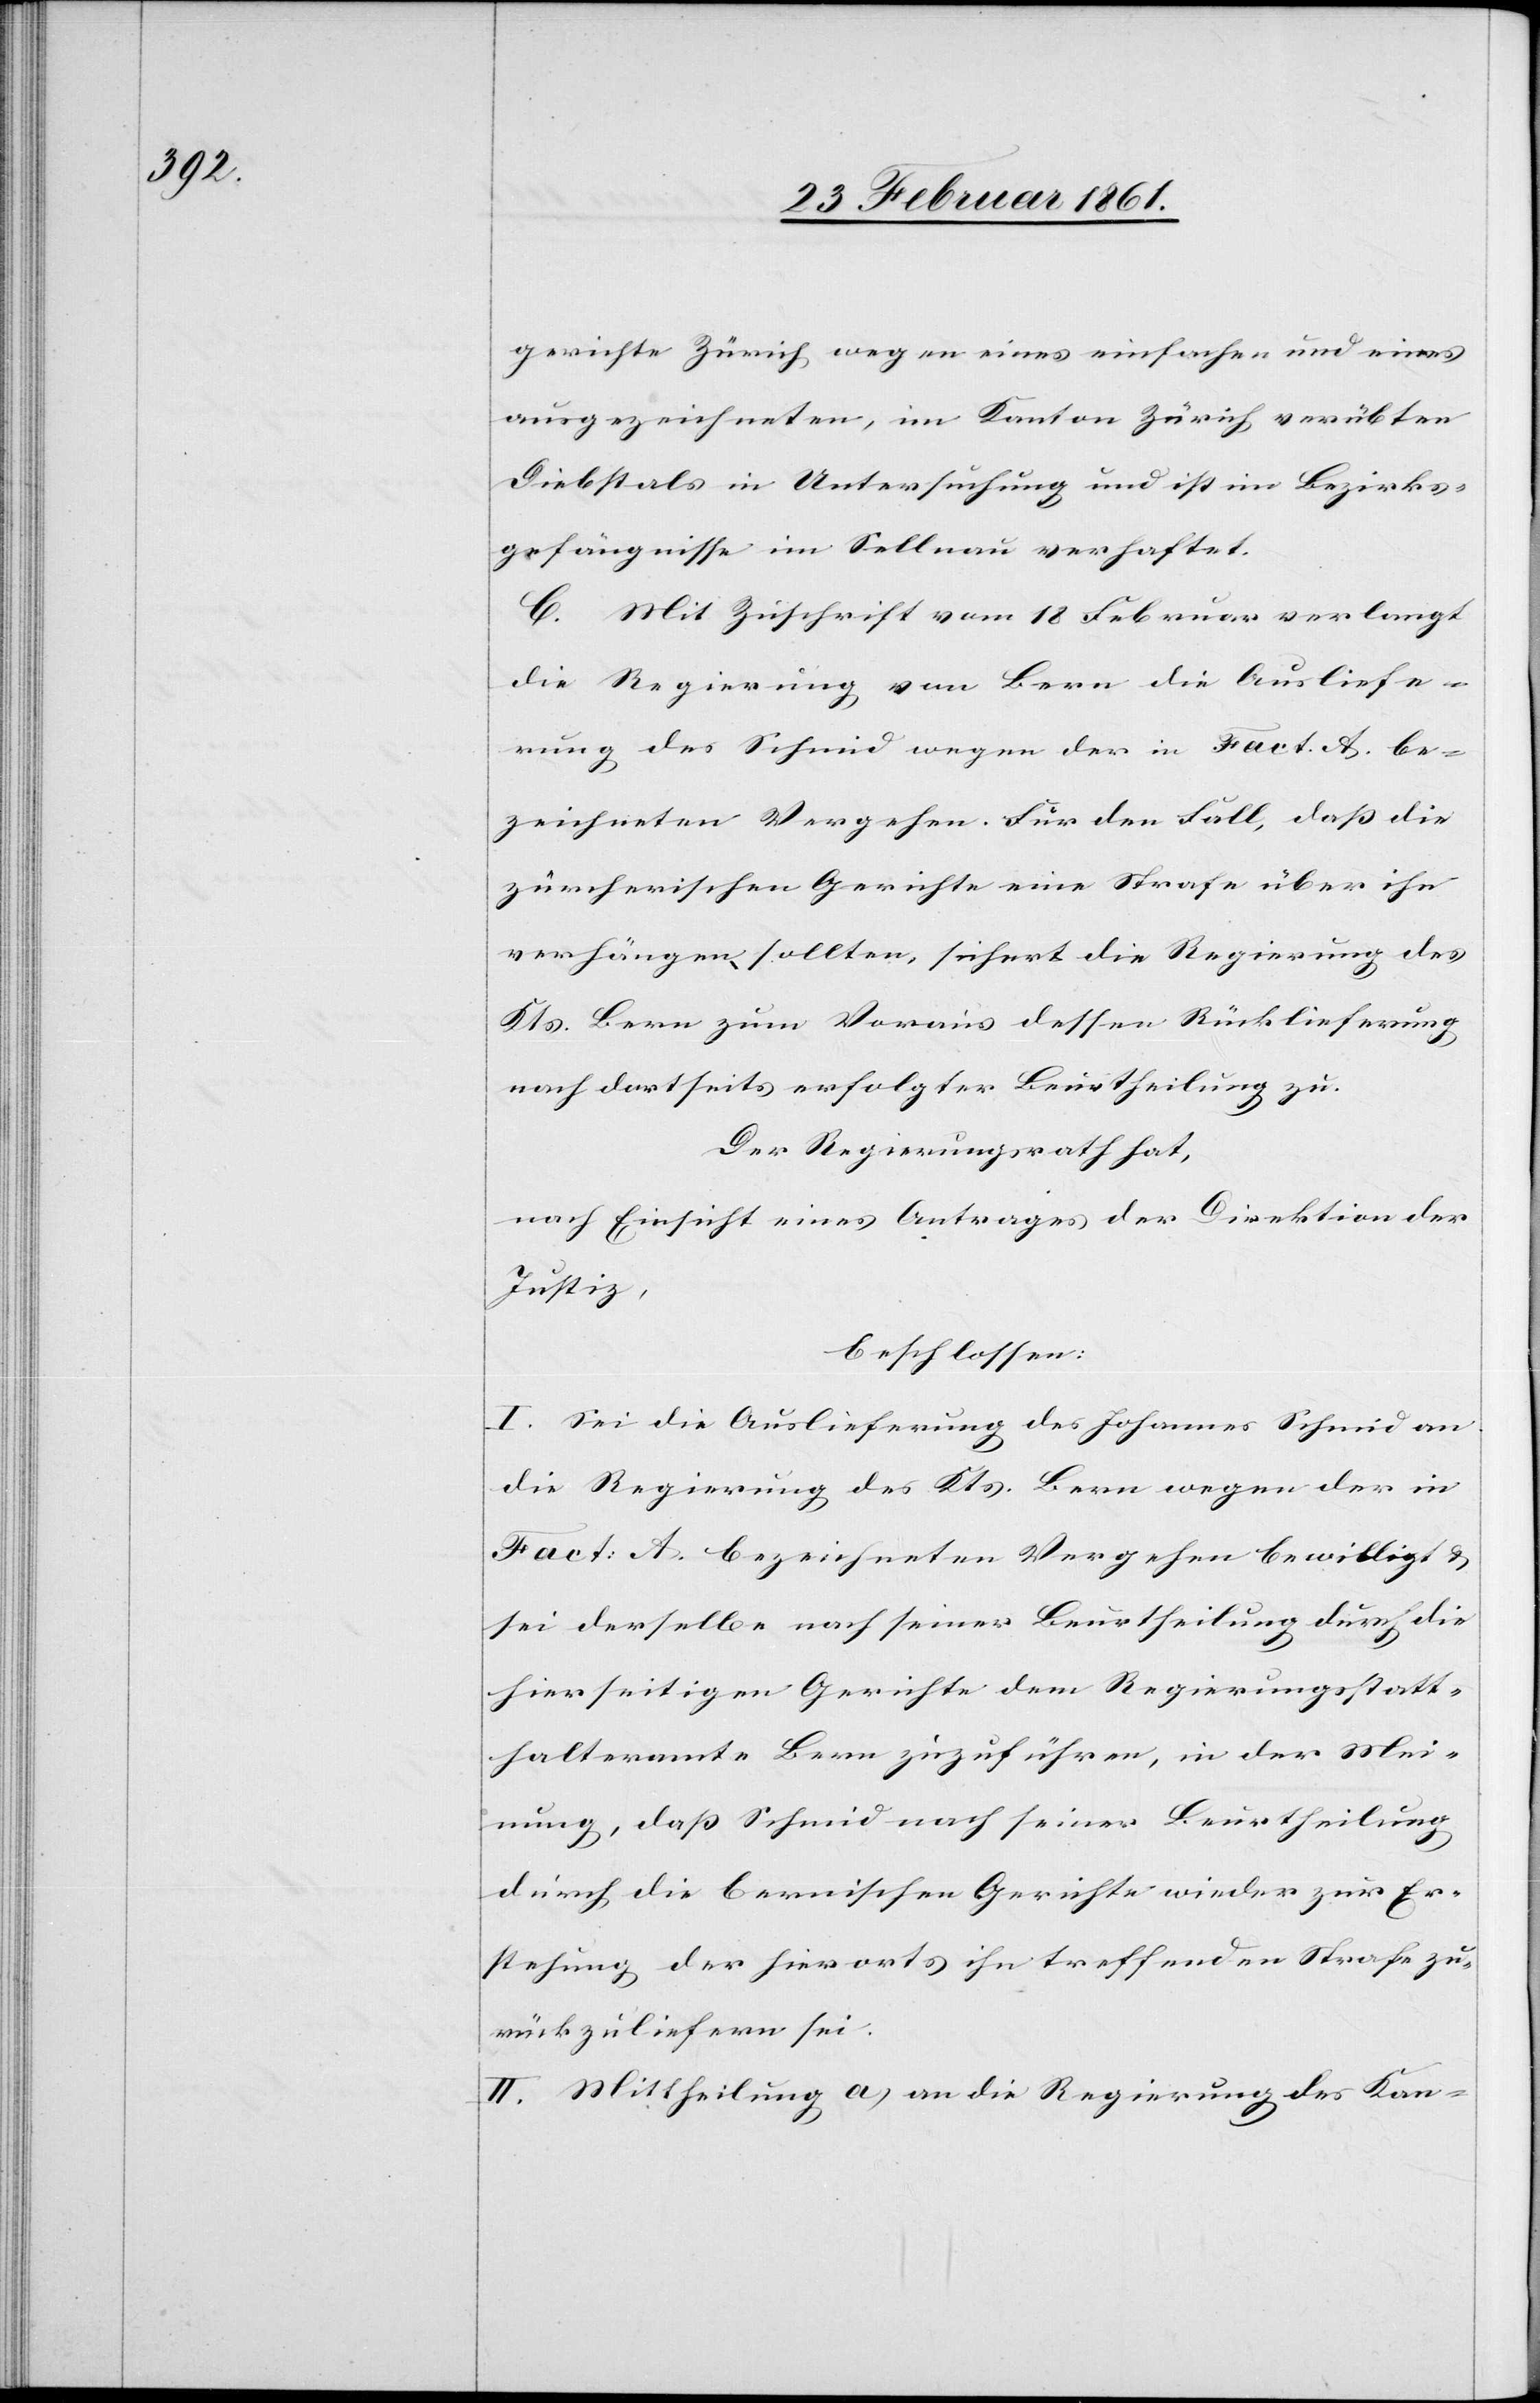
gerichte Zürich wegen eines einfachen und eines
ausgezeichneten, im Kanton Zürich verübten
Diebstals in Untersuchung und ist im Bezirks¬
gefängnisse im Sellnau verhaftet.
C. Mit Zuschrift vom 18. Februar verlangt
die Regierung von Bern die Ausliefe¬
rung des Schmid wegen der in Fact. A. be¬
zeichneten Vergehen. Für den Fall, dass die
zürcherischen Gerichte eine Strafe über ihn
verhängen sollten, sichert die Regierung des
Kts. Bern zum Voraus dessen Rücklieferung
nach dortseits erfolgter Beurtheilung zu.
Der Regierungsrath hat,
nach Einsicht eines Antrages der Direktion der
Justiz,
beschlossen:
I. Sei die Auslieferung des Johannes Schmid an
die Regierung des Kts. Bern wegen der in
Fact. A. bezeichneten Vergehen bewilligt u.
sei derselbe nach seiner Beurtheilung durch die
hierseitigen Gerichte dem Regierungsstatt¬
halteramte Bern zuzuführen, in der Mei¬
nung, dass Schmid nach seiner Beurtheilung
durch die bernischen Gerichte wieder zur Er¬
stehung der hierorts ihn treffenden Strafe zu¬
rückzuliefern sei.
II. Mittheilung a) an die Regierung des Kan-